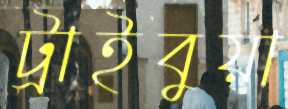
ট্রাইবুয়া